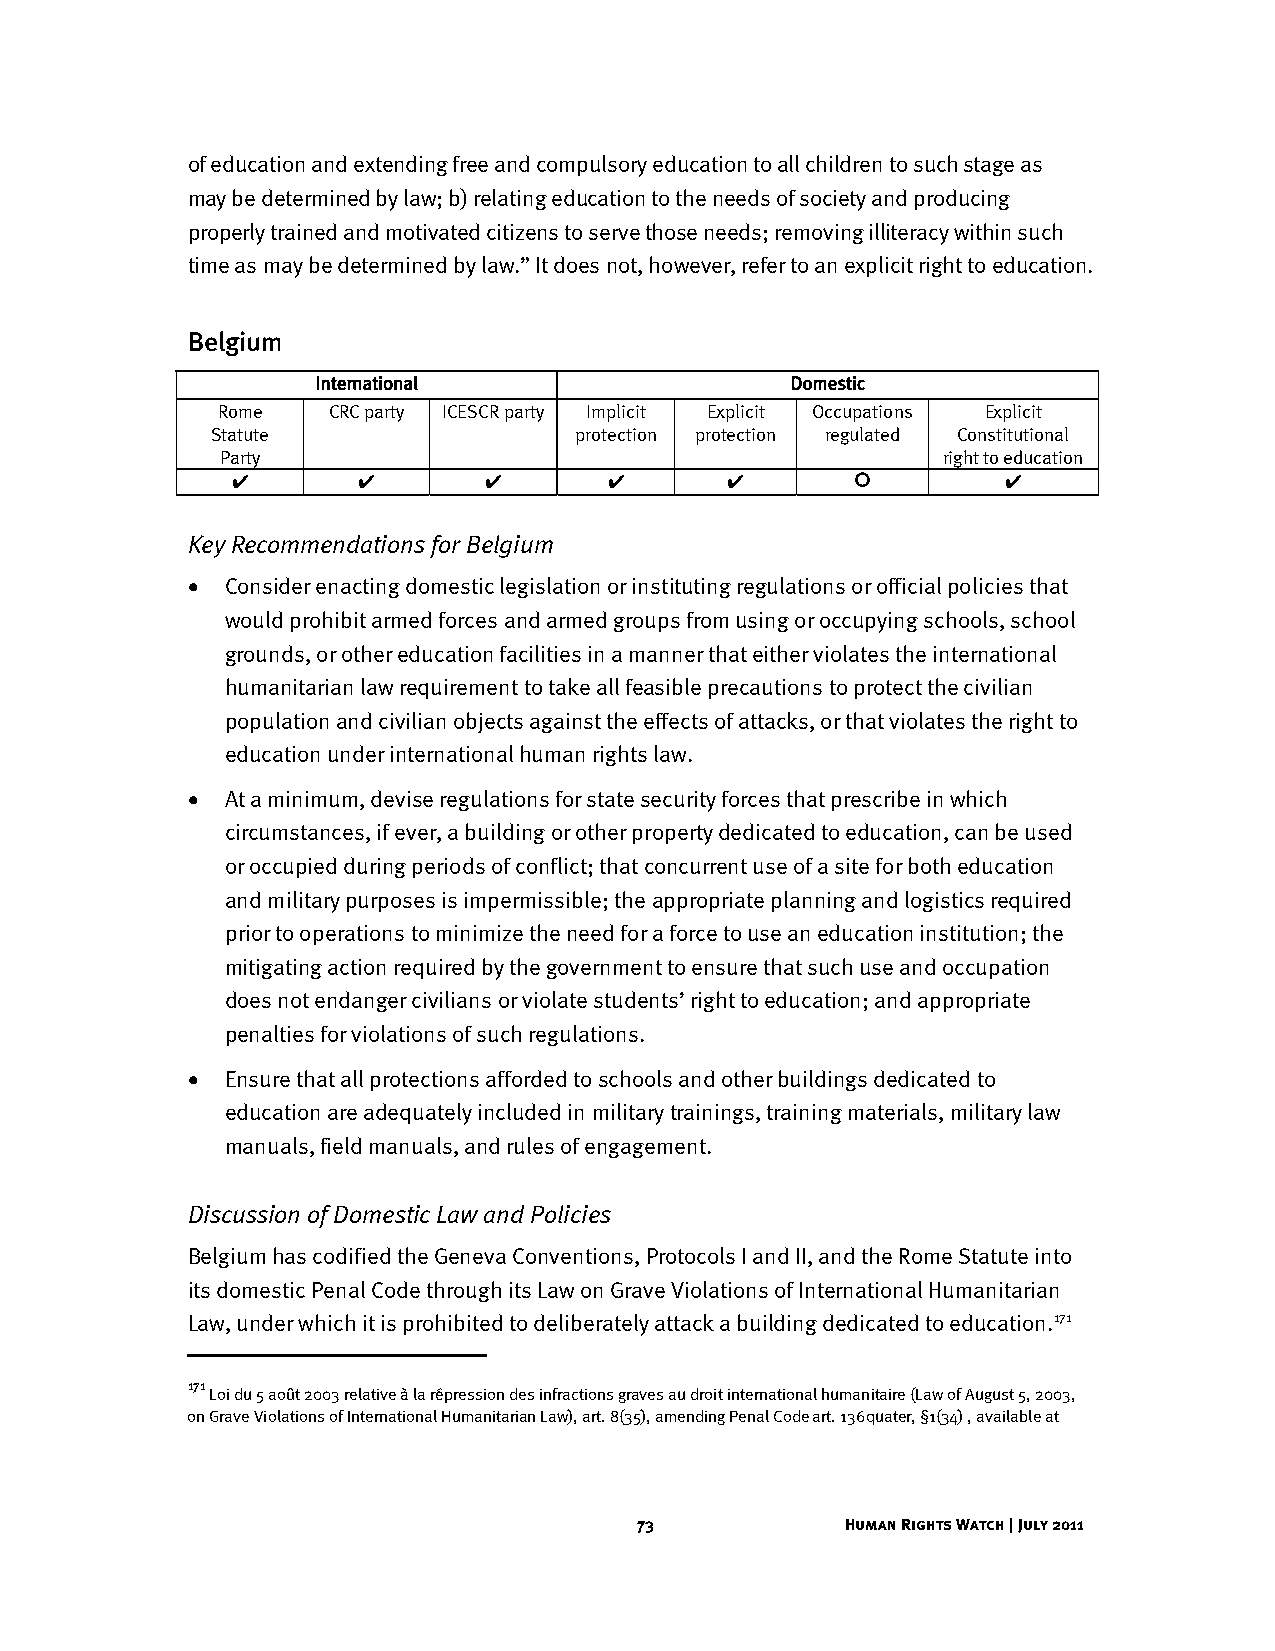
of education and extending free and compulsory education to all children to such stage as
 may be determined by law; b) relating education to the needs of society and producing
 properly trained and motivated citizens to serve those needs; removing illiteracy within such
 time as may be determined by law.” It does not, however, refer to an explicit right to education.
 Belgium
 International                  Domestic
 Rome    CRC party ICESCR party Implicit Explicit Occupations Explicit
 Statute                 protection protection regulated Constitutional
 Party                                          right to education
 ✔        ✔       ✔       ✔       ✔                ✔
 Key Recommendations for Belgium
 •  Consider enacting domestic legislation or instituting regulations or official policies that
 would prohibit armed forces and armed groups from using or occupying schools, school
 grounds, or other education facilities in a manner that either violates the international
 humanitarian law requirement to take all feasible precautions to protect the civilian
 population and civilian objects against the effects of attacks, or that violates the right to
 education under international human rights law.
 •  At a minimum, devise regulations for state security forces that prescribe in which
 circumstances, if ever, a building or other property dedicated to education, can be used
 or occupied during periods of conflict; that concurrent use of a site for both education
 and military purposes is impermissible; the appropriate planning and logistics required
 prior to operations to minimize the need for a force to use an education institution; the
 mitigating action required by the government to ensure that such use and occupation
 does not endanger civilians or violate students’ right to education; and appropriate
 penalties for violations of such regulations.
 •  Ensure that all protections afforded to schools and other buildings dedicated to
 education are adequately included in military trainings, training materials, military law
 manuals, field manuals, and rules of engagement.
 Discussion of Domestic Law and Policies
 Belgium has codified the Geneva Conventions, Protocols I and II, and the Rome Statute into
 its domestic Penal Code through its Law on Grave Violations of International Humanitarian
 Law, under which it is prohibited to deliberately attack a building dedicated to education.171
 171
 Loi du 5 août 2003 relative à la répression des infractions graves au droit international humanitaire (Law of August 5, 2003,
 on Grave Violations of International Humanitarian Law), art. 8(35), amending Penal Code art. 136quater, §1(34) , available at
 73            Human Rights Watch | July 2011